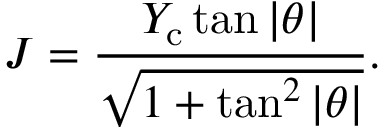
J = \frac { Y _ { \mathrm { c } } \tan | \theta | } { \sqrt { 1 + \tan ^ { 2 } | \theta | } } .